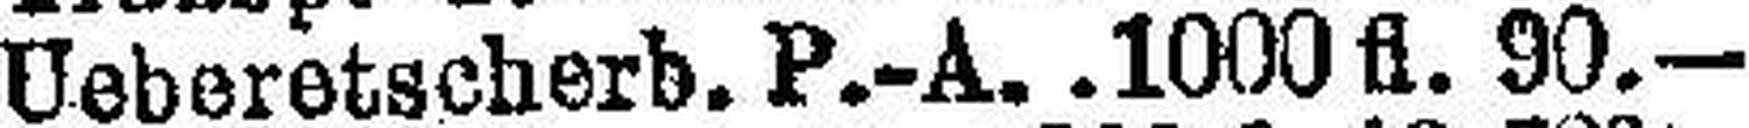
Ueberetseherb. P.-A. .1000 fl. 90.—